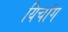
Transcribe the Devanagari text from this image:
यिचांग